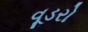
વૂડરો